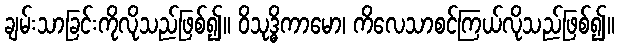
ချမ်းသာခြင်းကိုလိုသည်ဖြစ်၍။ ဝိသုဒ္ဓိကာမော၊ ကိလေသာစင်ကြယ်လိုသည်ဖြစ်၍။